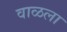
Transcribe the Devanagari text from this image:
वाळला